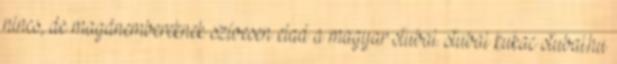
nincs, de magánembereknek szívesen elad a magyar stubai. stubai kukac stubai.hu